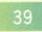
\(39\)